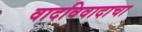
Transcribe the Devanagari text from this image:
वादविवादाचा